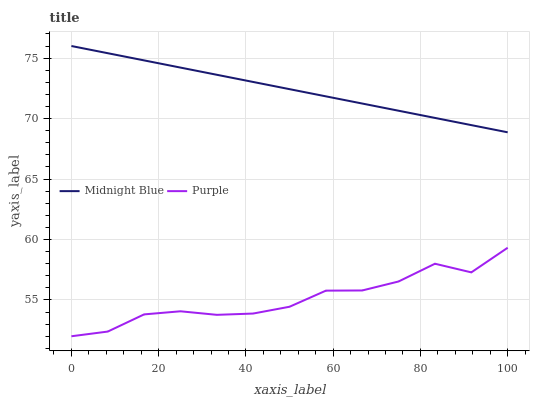
| xaxis_label | Midnight Blue | Purple |
 | --- | --- | --- |
 | 0 | 76 | 52 |
 | 8.33 | 75.4 | 52.4 |
 | 16.7 | 74.8 | 53.8 |
 | 25 | 74.2 | 54.1 |
 | 33.3 | 73.6 | 53.8 |
 | 41.7 | 73 | 53.9 |
 | 50 | 72.4 | 54.4 |
 | 58.3 | 71.8 | 55.8 |
 | 66.7 | 71.2 | 55.8 |
 | 75 | 70.6 | 56.5 |
 | 83.3 | 70.1 | 58 |
 | 91.7 | 69.5 | 57.3 |
 | 100 | 68.9 | 59.3 |